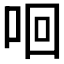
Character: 𠲛